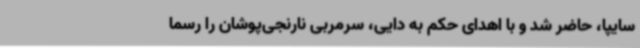
سایپا، حاضر شد و با اهدای حکم به دایی، سرمربی نارنجی‌پوشان را رسما